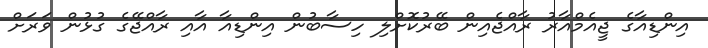
އިންޑިއާގެ ޖީއެމްއާރު ރާއްޖެއިން ބޭރުކޮށްލި ހިސާބުން އިންޑިއާ އާއި ރާއްޖޭގެ ގުޅުން ވަރަށް